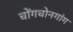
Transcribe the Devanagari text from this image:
चोंगचोनगांग